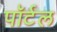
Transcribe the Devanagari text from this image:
पॉर्टल